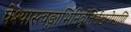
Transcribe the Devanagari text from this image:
पेश्यास्त्वङ्गाभिनिर्वृत्तिर्नखरोमाणि